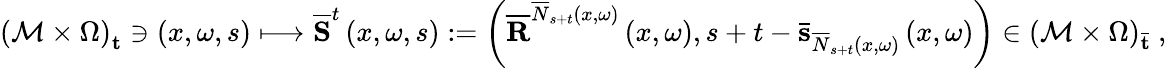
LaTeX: \left(\mathcal{M}\times\Omega\right)_{\mathbf{t}}\ni\left(x,\omega,s\right)\longmapsto\overline{{\mathbf{S}}}^{t}\left(x,\omega,s\right):=\left(\overline{{\mathbf{R}}}^{\overline{{N}}_{s+t}\left(x,\omega\right)}\left(x,\omega\right),s+t-\mathbf{\bar{s}}_{\overline{{N}}_{s+t}\left(x,\omega\right)}\left(x,\omega\right)\right)\in\left(\mathcal{M}\times\Omega\right)_{\mathbf{\bar{t}}}\ ,